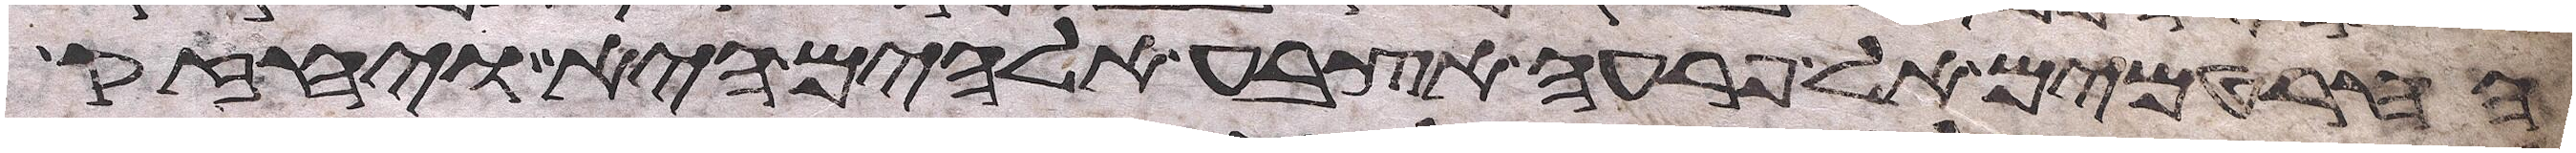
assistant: החרטמים אל פרעה אצבע אלהים היא ויחזק